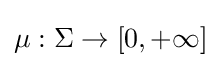
\mu :\Sigma \to [0,+\infty ]